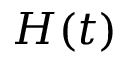
H ( t )